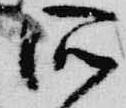
所